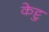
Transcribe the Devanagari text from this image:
केट्टु